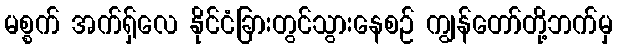
မစ္စက် အက်ရှ်လေ နိုင်ငံခြားတွင်သွားနေစဉ် ကျွန်တော်တို့ဘက်မှ